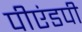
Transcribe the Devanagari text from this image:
पीएंडपी